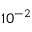
1 0 ^ { - 2 }